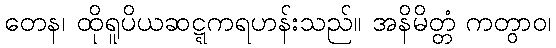
တေန၊ ထိုရူပိယဆဋ္ဋကရဟန်းသည်။ အနိမိတ္တံ ကတွာဝ၊